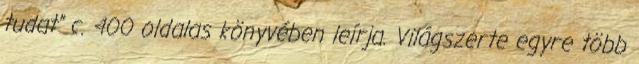
tudat” c. 400 oldalas könyvében leírja. Világszerte egyre több